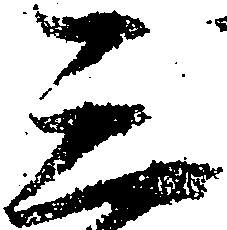
三